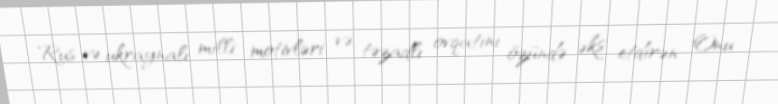
Rus və ukraynalı milli motivləri və təzadlı ovqatını özündə əks etdirən Onu